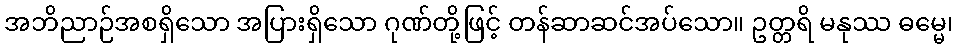
အဘိညာဉ်အစရှိသော အပြားရှိသော ဂုဏ်တို့ဖြင့် တန်ဆာဆင်အပ်သော။ ဥတ္တရိ မနုဿ ဓမ္မေ၊